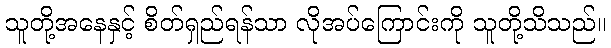
သူတို့အနေနှင့် စိတ်ရှည်ရန်သာ လိုအပ်ကြောင်းကို သူတို့သိသည်။